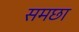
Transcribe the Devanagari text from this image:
समछा